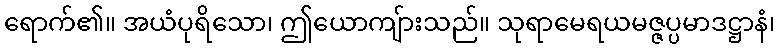
ရောက်၏။ အယံပုရိသော၊ ဤယောကျ်ားသည်။ သုရာမေရယမဇ္ဇပ္ပမာဒဋ္ဌာနံ၊